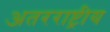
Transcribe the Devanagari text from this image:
अतरराष्ट्रीय